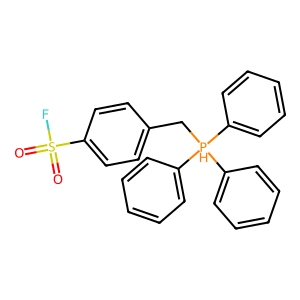
SMILES: O=S(=O)(F)c1ccc(C[PH](c2ccccc2)(c2ccccc2)c2ccccc2)cc1
Inhibits HIV replication: No